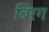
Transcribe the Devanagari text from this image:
बिरग